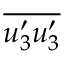
\overline { { u _ { 3 } ^ { \prime } u _ { 3 } ^ { \prime } } }